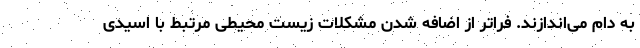
به دام می‌اندازند. فراتر از اضافه شدن مشکلات زیست محیطی مرتبط با اسیدی